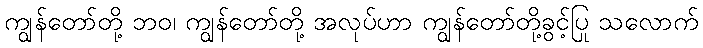
ကျွန်တော်တို့ ဘဝ၊ ကျွန်တော်တို့ အလုပ်ဟာ ကျွန်တော်တို့ခွင့်ပြု သလောက်